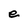
Character: e